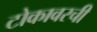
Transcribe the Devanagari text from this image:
टोकावरची